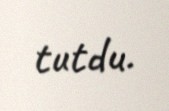
tutdu.